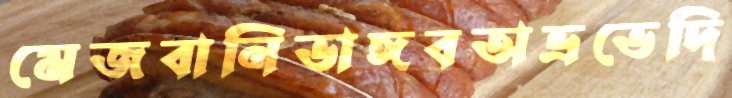
মেজবানিভাঙ্গবঅভ্রভেদি